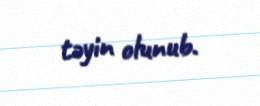
təyin olunub.